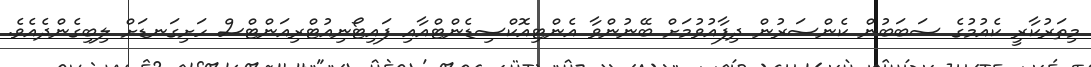
މިތަރުކާރީ ކެއުމުގެ ސަބަބުން ކެންސަރުން ދިފާއުވުމަށް ބޭނުންވާ އެންޓިއޮކްސިޑެންޓްއާއި ފައިޓޯނިއުޓްރިއަންޓްސް ހަށިގަނޑަށް ލިބިގެންދެއެވެ.